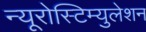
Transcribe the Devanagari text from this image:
न्यूरोस्टिम्युलेशन